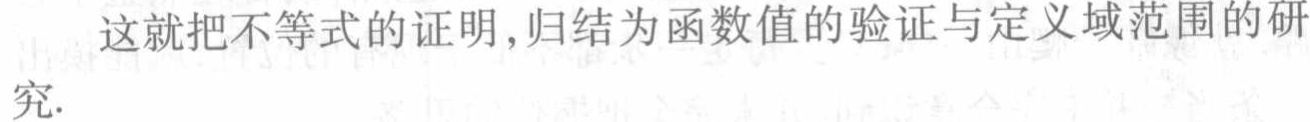
这就把不等式的证明,归结为函数值的验证与定义域范围的研究.